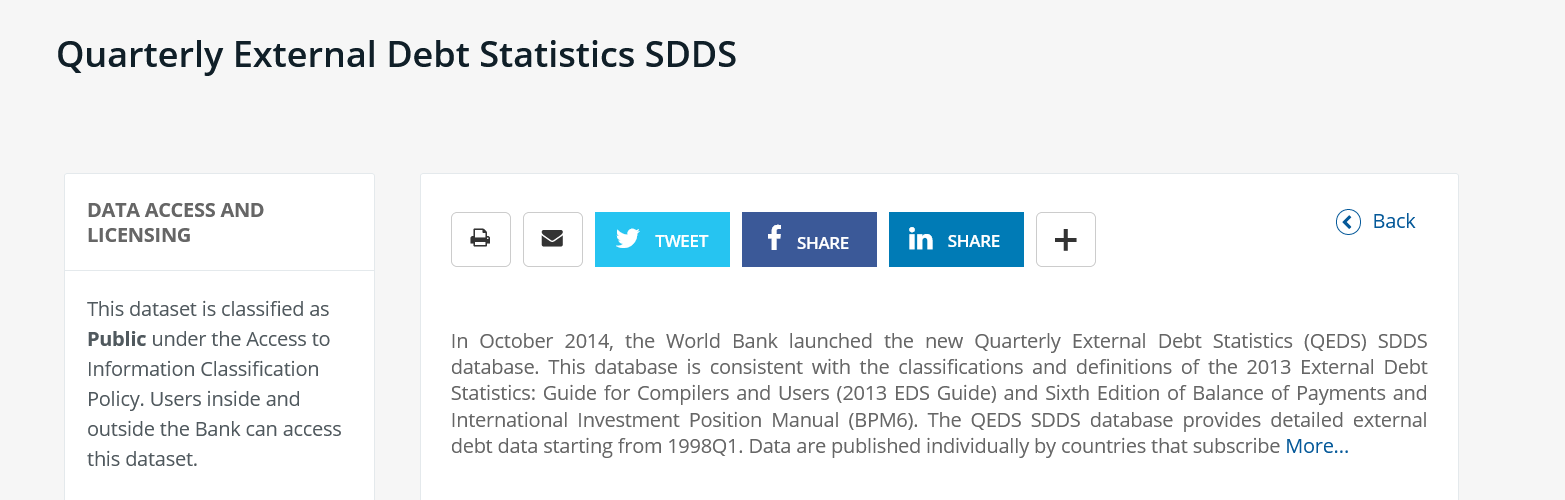
DATA ACCESS AND
     LICENSING
     In October 2014, the World Bank launched the new Quarterly External Debt Statistics (QEDS) SDDS
     database. This database is consistent with the classifications and definitions of the 2013 External Debt
     Statistics: Guide for Compilers and Users (2013 EDS Guide) and Sixth Edition of Balance of Payments and
     International Investment Position Manual (BPM6). The QEDS SDDS database provides detailed external
     debt data starting from 1998Q1. Data are published individually by countries that subscribe More...
     ae    Sar
     Back
     This dataset is classified as
     Public under the Access to
     Information Classification
     Policy. Users inside and
     outside the Bank can access
     this dataset.
     Quarterly    External    Debt   Statistics    SDDS